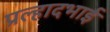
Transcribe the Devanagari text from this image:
प्रल्हादभाई